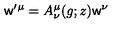
{ \sf w } ^ { \prime } { } ^ { \mu } = A _ { \nu } ^ { \mu } ( g ; z ) { \sf w } ^ { \nu }